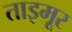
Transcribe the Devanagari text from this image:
ताइमूर